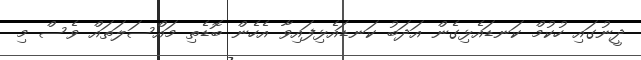
ދީނުގައި ހުކުމް ކަނޑައެޅިގެން އަދަބު ކަނޑައެޅިފައިވާ އެހެން ބޮޑެތި މައްސަލަތައް ވެސް މި